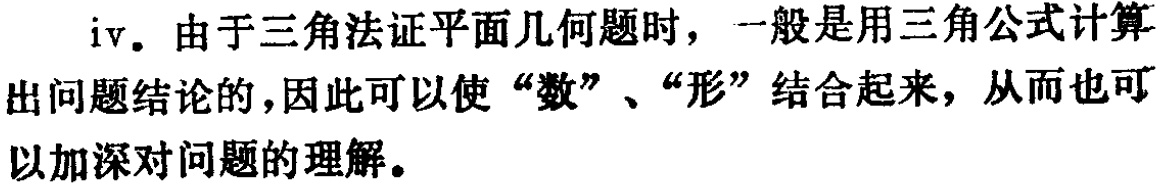
iv. 由于三角法证平面几何题时，一般是用三角公式计算出问题结论的，因此可以使“数”、“形”结合起来，从而也可以加深对问题的理解。